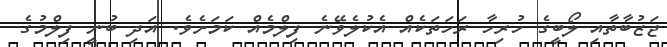
ޖަޒުބާތާއި ލޯބީގެ ހުރިހާ ރަހަތަކެއް އެކުލެވޭނެ ފިލްމެއް ކަމަށެވެ. އަދި ބުނީ ފިލްމުގެ